Madras plague regulations in force outside the Presidency town - Volume 3
Disease focus: Plague
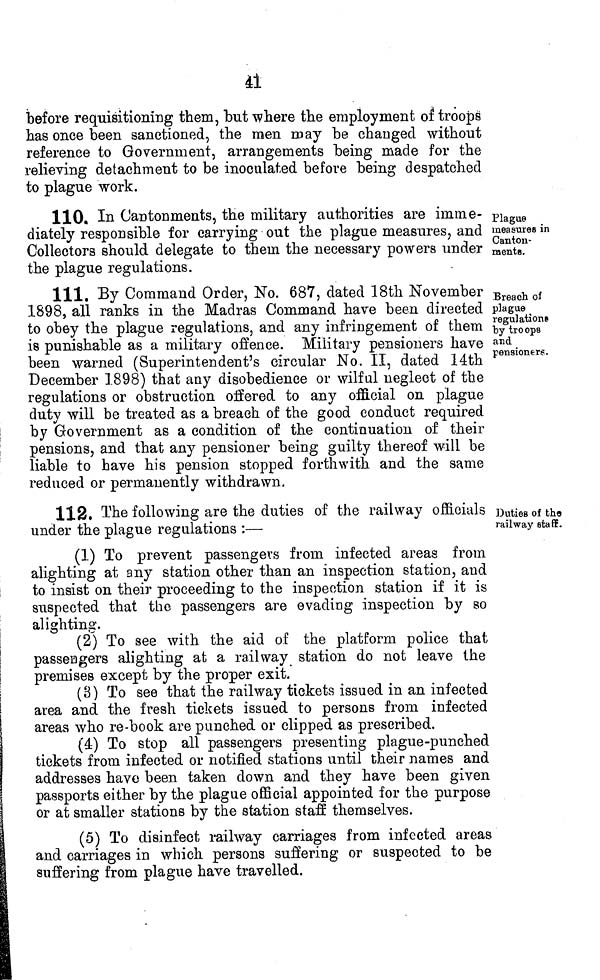
41
before requisitioning them, but where the employment of troops
has once been sanctioned, the men may be changed without
reference to Government, arrangements being made for the
relieving detachment to be inoculated before being despatched
to plague work.
Plague
measures in
Canton-
ments.
110. In Cantonments, the military authorities are imme-
diately responsible for carrying out the plague measures, and
Collectors should delegate to them the necessary powers under
the plague regulations.
Breach of
plague
regulations
by troops
and
pensioners.
111. By Command Order, No. 687, dated 18th November
1898, all ranks in the Madras Command have been directed
to obey the plague regulations, and any infringement of them
is punishable as a military offence. Military pensioners have
been warned (Superintendent's circular No. II, dated 14th
December 1898) that any disobedience or wilful neglect of the
regulations or obstruction offered to any official on plague
duty will be treated as a breach of the good conduct required
by Government as a condition of the continuation of their
pensions, and that any pensioner being guilty thereof will be
liable to have his pension stopped forthwith and the same
reduced or permanently withdrawn.
Duties of the
railway staff.
112. The following are the duties of the railway officials
under the plague regulations :—
(1) To prevent passengers from infected areas from
alighting at any station other than an inspection station, and
to insist on their proceeding to the inspection station if it is
suspected that the passengers are evading inspection by so
alighting.
(2) To see with the aid of the platform police that
passengers alighting at a railway station do not leave the
premises except by the proper exit.
(3) To see that the railway tickets issued in an infected
area and the fresh tickets issued to persons from infected
areas who re-book are punched or clipped as prescribed.
(4) To stop all passengers presenting plague-punched
tickets from infected or notified stations until their names and
addresses have been taken down and they have been given
passports either by the plague official appointed for the purpose
or at smaller stations by the station staff themselves.
(5) To disinfect railway carriages from infected areas
and carriages in which persons suffering or suspected to be
suffering from plague have travelled.